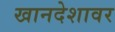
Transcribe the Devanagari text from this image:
खानदेशावर